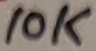
Text: 10K